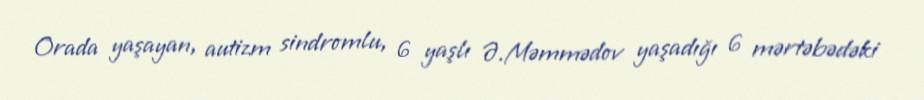
Orada yaşayan, autizm sindromlu, 6 yaşlı Ə.Məmmədov yaşadığı 6 mərtəbədəki